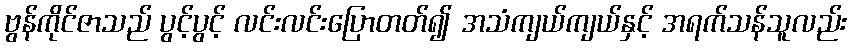
ဗွန်ကိုင်ဇာသည် ပွင့်ပွင့် လင်းလင်းပြောတတ်၍ အသံကျယ်ကျယ်နှင့် အရက်သန်သူလည်း